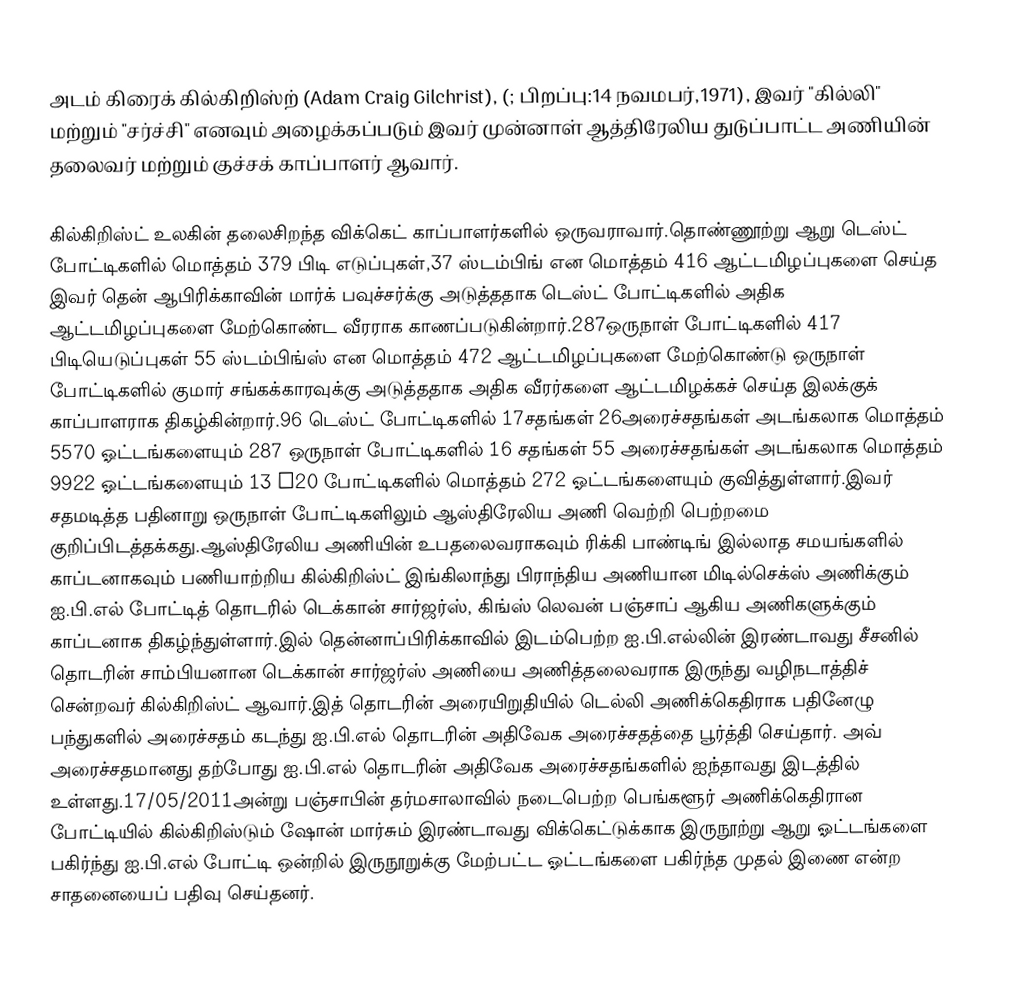
அடம் கிரைக் கில்கிறிஸ்ற் (Adam Craig Gilchrist), (; பிறப்பு:14 நவமபர்,1971), இவர் "கில்லி" மற்றும் "சர்ச்சி" எனவும் அழைக்கப்படும் இவர் முன்னாள் ஆத்திரேலிய துடுப்பாட்ட அணியின் தலைவர் மற்றும் குச்சக் காப்பாளர் ஆவார்.

கில்கிறிஸ்ட் உலகின் தலைசிறந்த விக்கெட் காப்பாளர்களில் ஒருவராவார்.தொண்ணூற்று ஆறு டெஸ்ட் போட்டிகளில் மொத்தம் 379 பிடி எடுப்புகள்,37 ஸ்டம்பிங் என மொத்தம் 416 ஆட்டமிழப்புகளை செய்த இவர் தென் ஆபிரிக்காவின் மார்க் பவுச்சர்க்கு அடுத்ததாக டெஸ்ட் போட்டிகளில் அதிக ஆட்டமிழப்புகளை மேற்கொண்ட வீரராக காணப்படுகின்றார்.287ஒருநாள் போட்டிகளில் 417 பிடியெடுப்புகள் 55 ஸ்டம்பிங்ஸ் என மொத்தம் 472 ஆட்டமிழப்புகளை மேற்கொண்டு ஒருநாள் போட்டிகளில் குமார் சங்கக்காரவுக்கு அடுத்ததாக அதிக வீரர்களை ஆட்டமிழக்கச் செய்த இலக்குக் காப்பாளராக திகழ்கின்றார்.96 டெஸ்ட் போட்டிகளில் 17சதங்கள் 26அரைச்சதங்கள் அடங்கலாக மொத்தம் 5570 ஓட்டங்களையும் 287 ஒருநாள் போட்டிகளில் 16 சதங்கள் 55 அரைச்சதங்கள் அடங்கலாக மொத்தம் 9922 ஓட்டங்களையும் 13 T20 போட்டிகளில் மொத்தம் 272 ஓட்டங்களையும் குவித்துள்ளார்.இவர் சதமடித்த பதினாறு ஒருநாள் போட்டிகளிலும் ஆஸ்திரேலிய அணி வெற்றி பெற்றமை குறிப்பிடத்தக்கது.ஆஸ்திரேலிய அணியின் உபதலைவராகவும் ரிக்கி பாண்டிங் இல்லாத சமயங்களில் காப்டனாகவும் பணியாற்றிய கில்கிறிஸ்ட் இங்கிலாந்து பிராந்திய அணியான மிடில்செக்ஸ் அணிக்கும் ஐ.பி.எல் போட்டித் தொடரில் டெக்கான் சார்ஜர்ஸ், கிங்ஸ் லெவன் பஞ்சாப் ஆகிய அணிகளுக்கும் காப்டனாக திகழ்ந்துள்ளார்.இல் தென்னாப்பிரிக்காவில் இடம்பெற்ற ஐ.பி.எல்லின் இரண்டாவது சீசனில் தொடரின் சாம்பியனான டெக்கான் சார்ஜர்ஸ் அணியை அணித்தலைவராக இருந்து வழிநடாத்திச் சென்றவர் கில்கிறிஸ்ட் ஆவார்.இத் தொடரின் அரையிறுதியில் டெல்லி அணிக்கெதிராக பதினேழு பந்துகளில் அரைச்சதம் கடந்து ஐ.பி.எல் தொடரின் அதிவேக அரைச்சதத்தை பூர்த்தி செய்தார். அவ் அரைச்சதமானது தற்போது ஐ.பி.எல் தொடரின் அதிவேக அரைச்சதங்களில் ஐந்தாவது இடத்தில் உள்ளது.17/05/2011அன்று பஞ்சாபின் தர்மசாலாவில் நடைபெற்ற பெங்களூர் அணிக்கெதிரான போட்டியில் கில்கிறிஸ்டும் ஷோன் மார்சும் இரண்டாவது விக்கெட்டுக்காக இருநூற்று ஆறு ஓட்டங்களை பகிர்ந்து ஐ.பி.எல் போட்டி ஒன்றில் இருநூறுக்கு மேற்பட்ட ஓட்டங்களை பகிர்ந்த முதல் இணை என்ற சாதனையைப் பதிவு செய்தனர்.